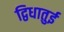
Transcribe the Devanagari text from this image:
द्विधातुई